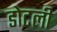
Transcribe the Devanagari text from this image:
डोटली